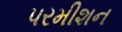
પરમીશન